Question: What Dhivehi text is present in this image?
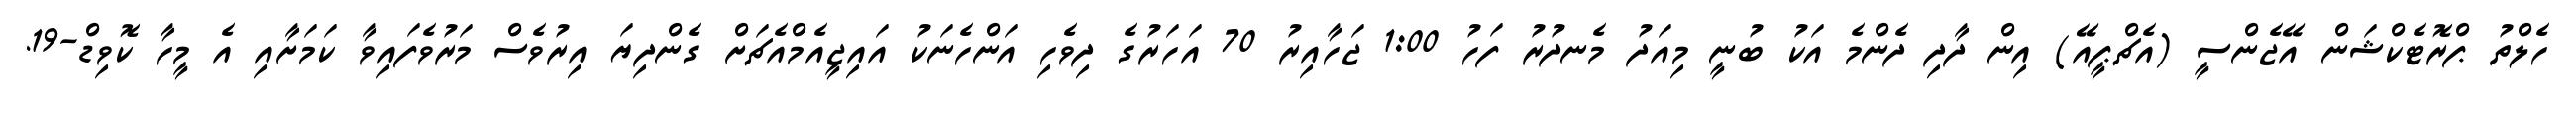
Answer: ހެލްތު ޕްރޮޓެކްޝަން އޭޖެންސީ (އެޗްޕީއޭ) އިން ދާދި ދެންމެ އަކު ބުނީ މިއަދު މެނދުރު ފަހު 1:00 ޖަހާއިރު 70 އަހަރުގެ ދިވެހި އަންހެނަކު އައިޖީއެމްއެޗަށް ގެންދިޔަ އިރުވެސް މަރުވެފައިވާ ކަމަށާއި އެ މީހާ ކޮވިޑް-19.